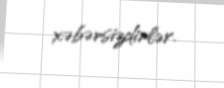
xəbərsizdirlər.